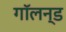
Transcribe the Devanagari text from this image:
गॉलन्ड